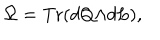
\Omega = \mathrm { T r } ( d Q { \wedge } d L ) ,